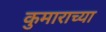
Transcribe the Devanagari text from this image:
कुमाराच्या